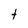
Character: t